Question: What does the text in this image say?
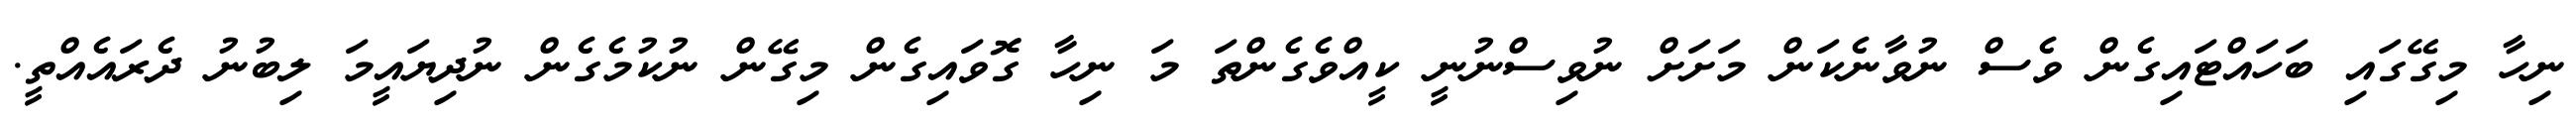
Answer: ނިހާ މިގޭގައި ބަހައްޓައިގެން ވެސް ނުވާނެކަން މަށަށް ނުވިސްނުނީ ކީއްވެގެންތަ މަ ނިހާ ގޮވައިގެން މިގޭން ނުކުމެގެން ނުދިޔައީމަ ލިބުނު ދެރައެއްތީ.